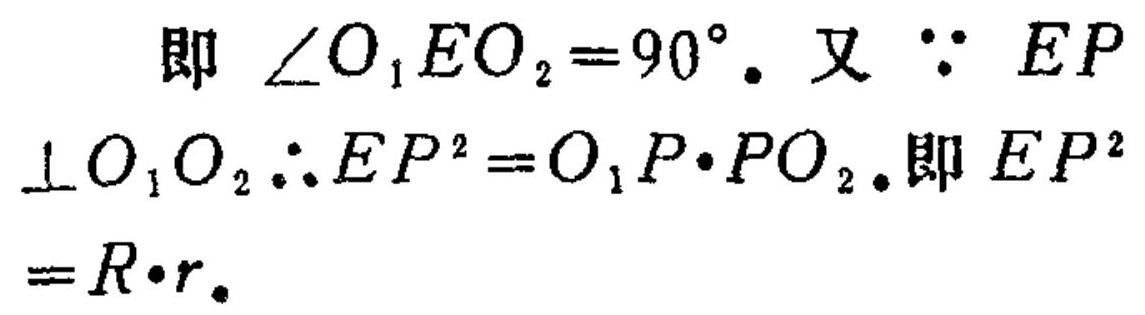
即 $\angle O_1EO_2 = 90^{\circ}$. 又 $\because EP \perp O_1O_2 \therefore EP^{2}=O_1P\cdot PO_2$. 即 $EP^{2}=R\cdot r$.